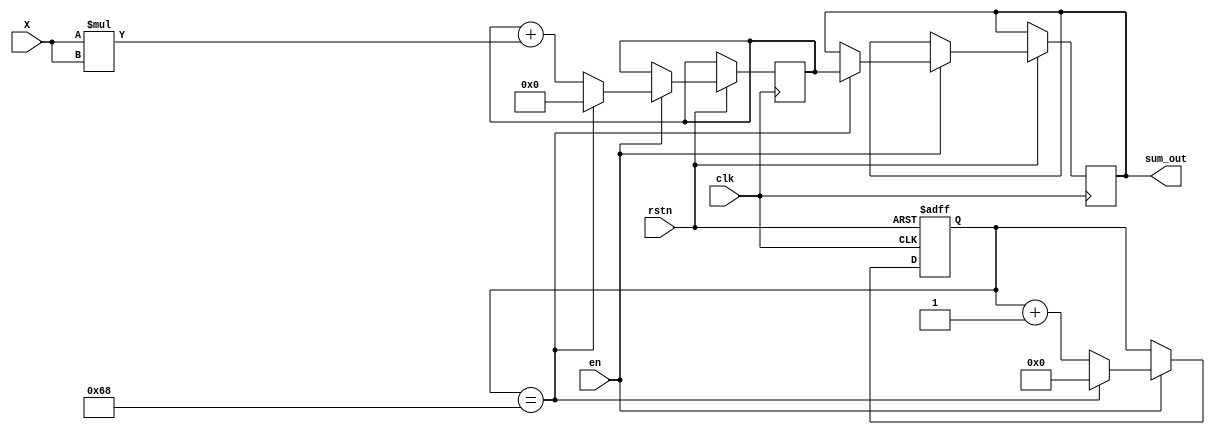
module RSSI_reader(
    input clk,
    input rstn,
    //input [2:0] channel,
    input [9:0] X,
    input en,
    output wire [26:0] sum_out
);
reg [6:0] counter;
reg [26:0] sum_reg;
reg [26:0] sum;
assign sum_out = sum_reg;
always@(posedge clk or negedge rstn) begin
    if(~rstn)begin
        counter <= 7'b0;
    end
    else if(en) begin
        if(counter==7'd104) begin
            counter <= 7'b0;
            sum_reg <= sum;
            sum <= 27'b0;
        end
        else begin
            counter <= counter+1'b1;
            sum <= sum+(X*X); 
        end
    end
end
endmodule